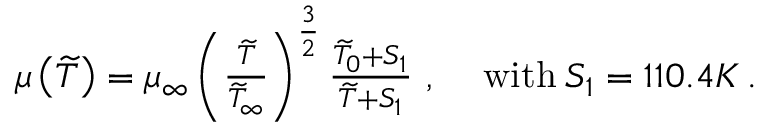
\begin{array} { r l } { \mu \left( \widetilde { T } \right) = \mu _ { \infty } \left( \frac { \widetilde { T } } { \widetilde { T } _ { \infty } } \right) ^ { \frac { 3 } { 2 } } \frac { \widetilde { T } _ { 0 } + S _ { 1 } } { \widetilde { T } + S _ { 1 } } \mathrm { ~ , ~ } } & { \mathrm { w i t h } \: S _ { 1 } = 1 1 0 . 4 K \, \mathrm { . } } \end{array}